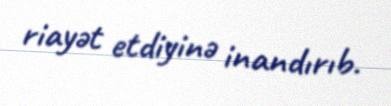
riayət etdiyinə inandırıb.